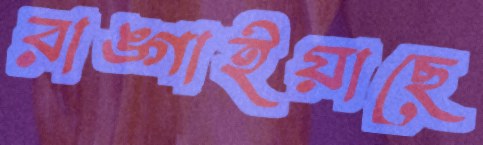
রাঙ্গাইয়াছে